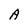
Character: A